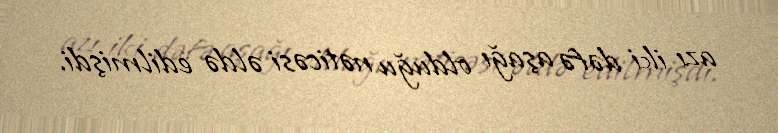
azı iki dəfə aşağı olduğu nəticəsi əldə edilmişdi.